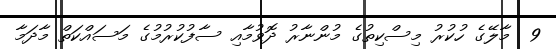
9  މާލޭގެ ހުކުރު މިސްކިތުގެ މުންނާރު ދޮވުމާއި ސާފުކުރުމުގެ މަސައްކަތް މާދަމާ